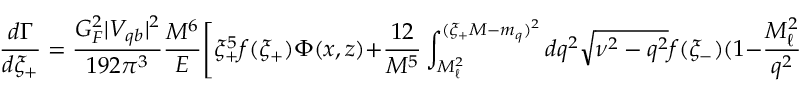
\frac { d \Gamma } { d \xi _ { + } } = \frac { G _ { F } ^ { 2 } | V _ { q b } | ^ { 2 } } { 1 9 2 \pi ^ { 3 } } \frac { M ^ { 6 } } { E } \Bigg [ \xi _ { + } ^ { 5 } f ( \xi _ { + } ) \Phi ( x , z ) + \frac { 1 2 } { M ^ { 5 } } \int _ { M _ { \ell } ^ { 2 } } ^ { ( \xi _ { + } M - m _ { q } ) ^ { 2 } } d q ^ { 2 } \sqrt { \nu ^ { 2 } - q ^ { 2 } } f ( \xi _ { - } ) ( 1 - \frac { M _ { \ell } ^ { 2 } } { q ^ { 2 } } ) \Omega ( \xi _ { + } , q ^ { 2 } ) \Bigg ]